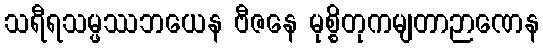
သရီရသမ္ဖဿဘယေန ဗီဇနေ မုစ္စိတုကမျတာဉာဏေန